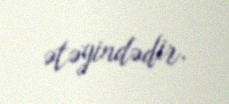
ətəyindədir.